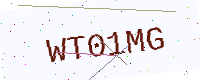
Text: WT01MG